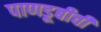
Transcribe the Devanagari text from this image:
पाणडूबीची